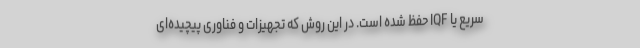
سریع یا IQF حفظ شده است. در این روش که تجهیزات و فناوری پیچیده‌ای